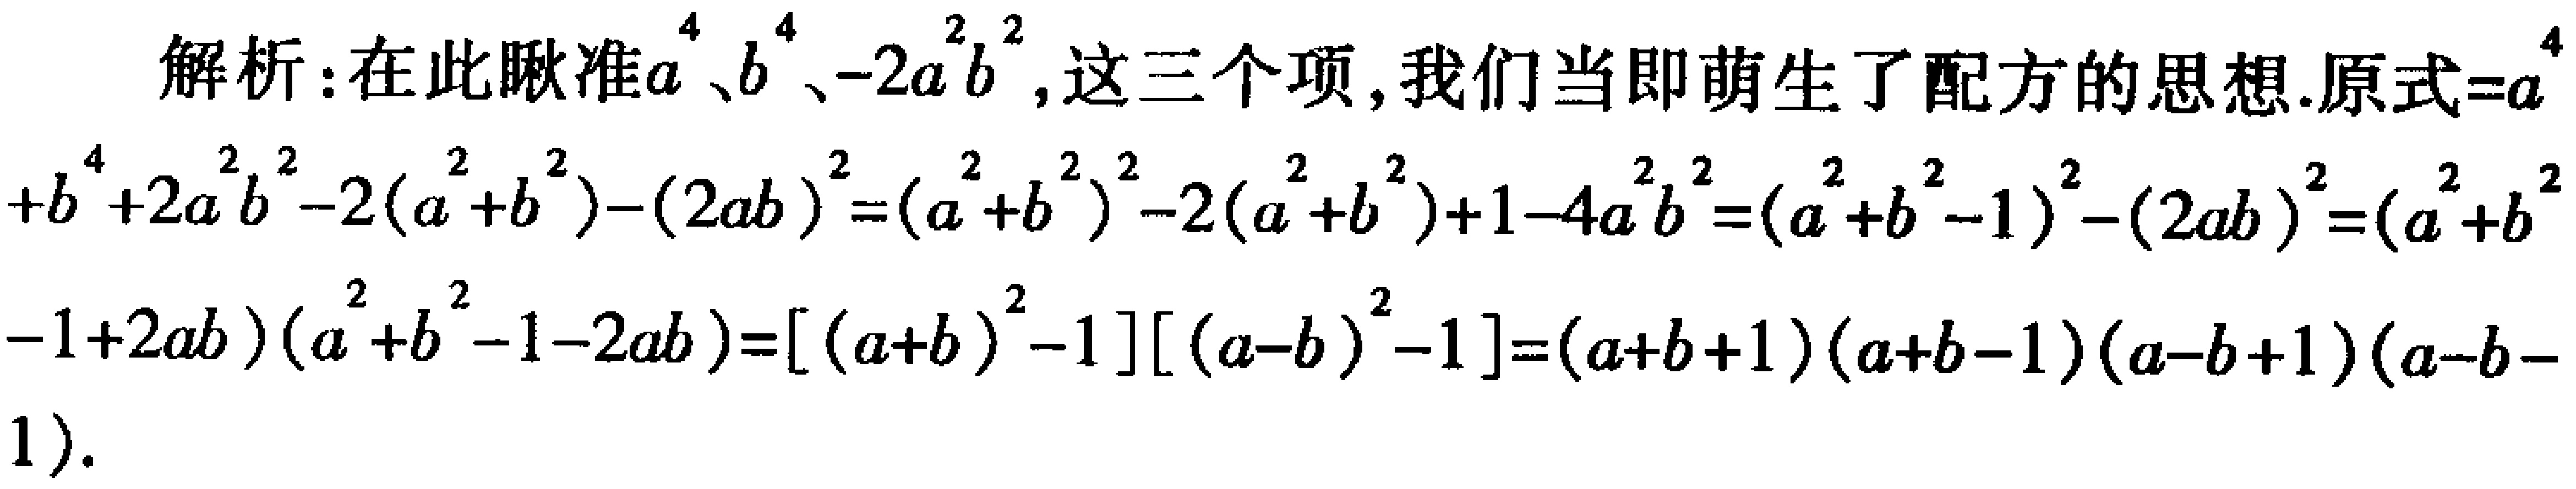
解析：在此瞅准\(a^{4}\)、\(b^{4}\)、\(-2a^{2}b^{2}\)，这三个项，我们当即萌生了配方的思想.原式\(=a^{4}+b^{4}+2a^{2}b^{2}-2(a^{2}+b^{2})-(2ab)^{2}=(a^{2}+b^{2})^{2}-2(a^{2}+b^{2}) + 1-4a^{2}b^{2}=(a^{2}+b^{2}-1)^{2}-(2ab)^{2}=(a^{2}+b^{2}-1 + 2ab)(a^{2}+b^{2}-1-2ab)=[(a + b)^{2}-1][(a - b)^{2}-1]=(a + b + 1)(a + b - 1)(a - b + 1)(a - b - 1)\).